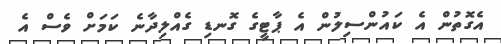
އެގޮތުން އެ ކައުންސިލުން އެ ޕާޓީގެ ގޮނޑި ގެއްލިދާނެ ކަމަށް ވެސް އެ